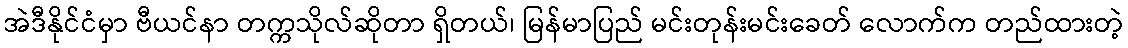
အဲဒီနိုင်ငံမှာ ဗီယင်နာ တက္ကသိုလ်ဆိုတာ ရှိတယ်၊ မြန်မာပြည် မင်းတုန်းမင်းခေတ် လောက်က တည်ထားတဲ့